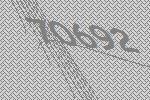
70692